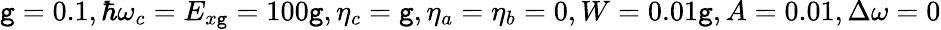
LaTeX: \mathtt{g}=0.1,\hbar\omega_{c}=E_{x\mathtt{g}}=100\mathtt{g},\eta_{c}=\mathtt{g},\eta_{a}=\eta_{b}=0,W=0.01\mathtt{g},A=0.01,\Delta\omega=0